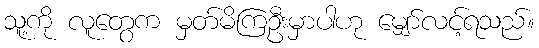
သူ့ကို လူတွေက မှတ်မိကြဦးမှာပါဟု မျှော်လင့်ရသည်။